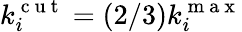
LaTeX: k_{i}^{\mathrm{~c~u~t~}}=(2/3)k_{i}^{\mathrm{~m~a~x~}}